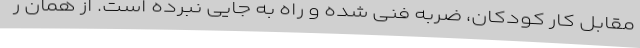
مقابل کار کودکان، ضربه فنی شده و راه به جایی نبرده است. از همان ر